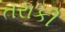
તરાકી